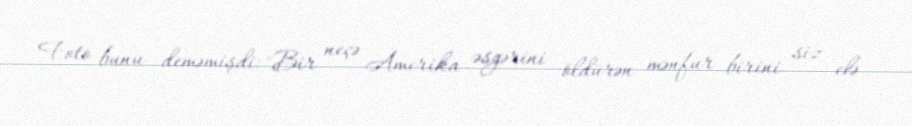
Foto bunu deməmişdi: "Bir neçə Amerika əsgərini öldürən mənfur birini siz elə